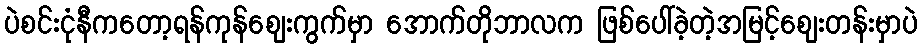
ပဲစင်းငုံနီကတော့ရန်ကုန်ဈေးကွက်မှာ အောက်တိုဘာလက ဖြစ်ပေါ်ခဲ့တဲ့အမြင့်စျေးတန်းမှာပဲ